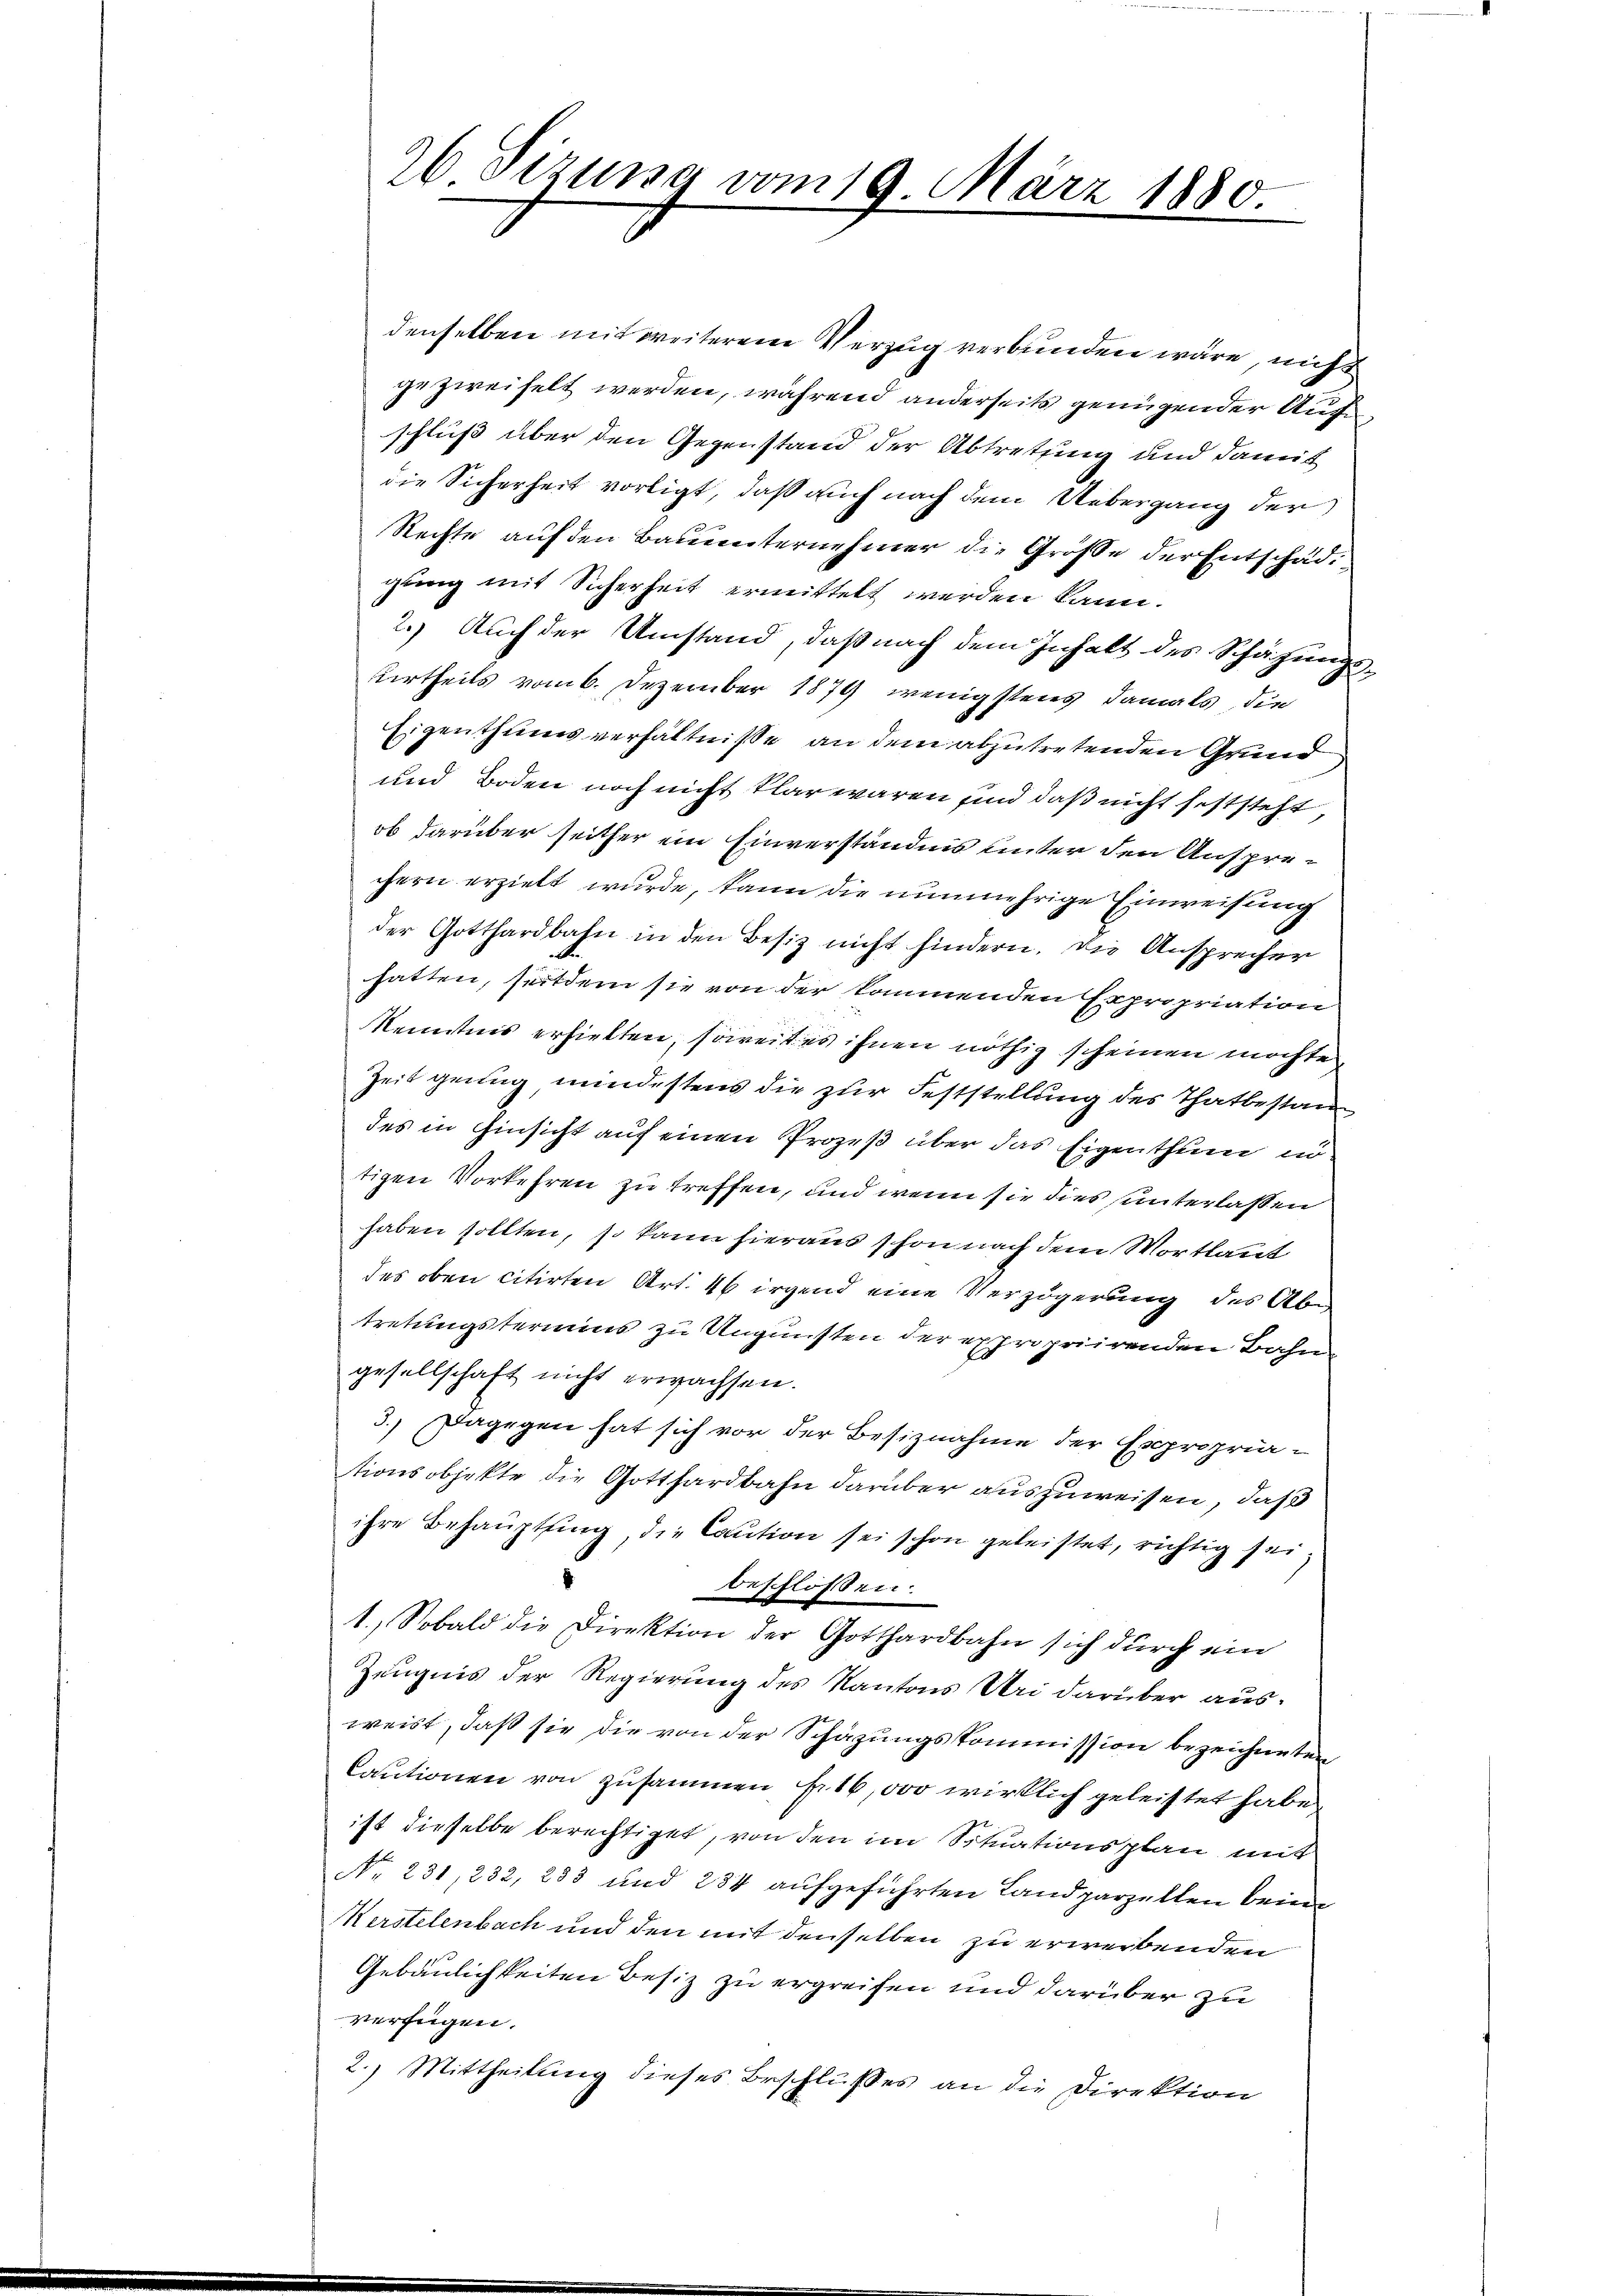
denselben mit weiterem Verzug verbunden wäre, nicht
gezweifelt werden, während anderseits genügender Aufschluß über den Gegenstand der Abtrettung und damit
die Sicherheit vorligt, daß auch nach dem Uebergang der
Rechte auf den Bauunternehmer die Größe der Entschädigung mit Sicherheit ermittelt werden kann.
2.) Auch der Umstand, daß nach dem Inhalt des Schätzungs¬
Urtheils vom 6. Dezember 1879 wenigstens damals, die
Eigenthumsverhältnisse an dem abzutretenden Grund
und Boden noch nicht klar waren und daß nicht feststeht
ob darüber seither ein Einverständnis unter den Ansprechern erzielt wurde, kann die nunmehrige Einweisung
der Gotthardbahn in den Besiz nicht hindern. Die Ansprecher
hatten, seitdem sie von der kommenden Expropriation
Kenntnis erhielten, soweit es ihnen nöthig scheinen möchte,
Zeit genug mindestens die zur Feststellung des Thatbestan
des in Hinsicht auf einen Prozeß über das Eigenthum nötigen Vorkehren zu treffen, und wenn sie dies unterlassen
haben sollten, so kann hieraus schon nach dem Wortlaut
des oben citirten Art. 46 irgend eine Verzögerung des Abtretungstermins zu Ungunsten der expropriirenden Bahngesellschaft nicht erwachsen.
3.) Dagegen hat sich vor der Besiznahme der Expropriationsobjekte die Gotthardbahn darüber auszuweisen, daß
ihre Behauptung, die Caution sei schon geleistet, richtig sei
beschlossen:
1.) Sobald die Direktion der Gotthardbahn sich durch ein
Zeugnis der Regierung des Kantons Uri darüber ausweist, daß sie die von der Schazungskommission bezeichneten
Cautionen von zusammen fr. 16,000 wirklich geleistet habe.
ist dieselbe berechtiget, von den im Situationsplan mit
No 231, 232, 233 und 284 aufgeführten Landparzellen beim
Merstelenbach und den mit denselben zu erwerbenden
Gebäulichkeiten Besiz zu ergreifen und darüber zu
verfügen.
2.) Mittheilung dieses Beschlußes an die Direktion

26 Sizung vom 19. März 1880.